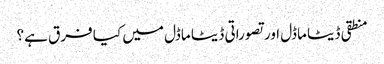
منطقی ڈیٹا ماڈل اور تصوراتی ڈیٹا ماڈل میں کیا فرق ہے؟